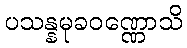
ပသန္နမုခဝဏ္ဏောသိ